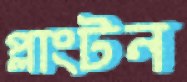
প্লাংটন